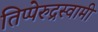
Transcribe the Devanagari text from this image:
तिप्पेरुद्रस्वामी